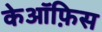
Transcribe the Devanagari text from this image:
केऑफ़िस